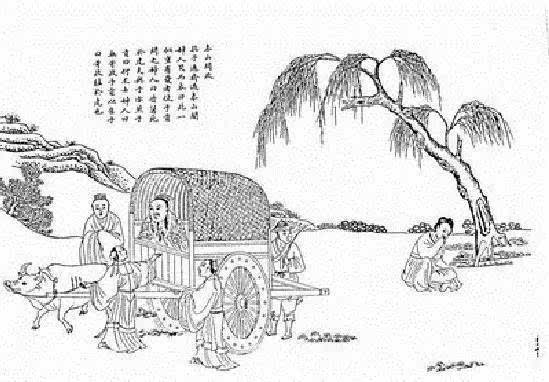
罪至重而刑至轻，庸人不知恶矣，乱莫大焉。